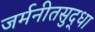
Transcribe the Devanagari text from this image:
जर्मनीतसुद्धा